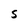
Character: S